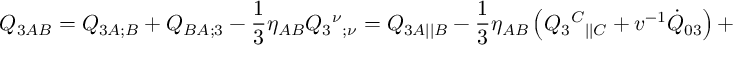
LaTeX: { \cal Q } _ { 3 A B } = Q _ { 3 A ; B } + Q _ { B A ; 3 } - \frac 1 3 \eta _ { A B } Q _ { 3 } { ^ \nu } { _ { ; \nu } } = { Q } _ { 3 A | | B } - \frac { 1 } { 3 } \eta _ { A B } \left( Q _ { 3 } { ^ C } { _ { | | C } } + v ^ { - 1 } \dot { Q } _ { 0 3 } \right) +